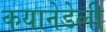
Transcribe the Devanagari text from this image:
कयानेडेली